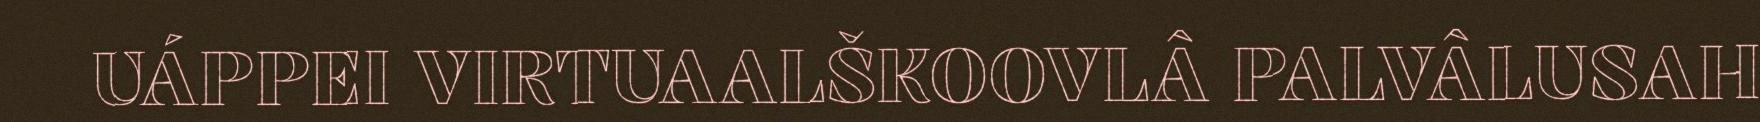
UÁPPEI VIRTUAALŠKOOVLÂ PALVÂLUSAH